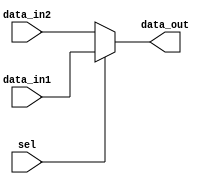
module mux_2x1(data_out,data_in1,data_in2,sel);
input [31:0]data_in1,data_in2;
output [31:0]data_out;
input sel;
assign data_out=sel?data_in1:data_in2;
endmodule